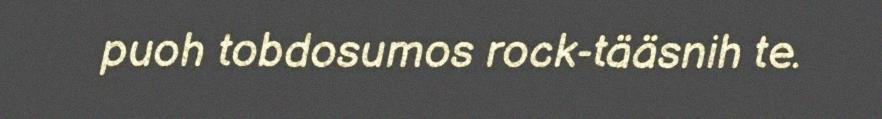
puoh tobdosumos rock-tääsnih te.